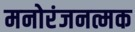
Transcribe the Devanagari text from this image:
मनोरंजनत्मक